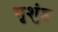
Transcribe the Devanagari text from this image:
भृशुंड